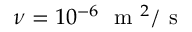
\nu = 1 0 ^ { - 6 } ~ \mathrm { ~ m ~ } ^ { 2 } / \mathrm { ~ s ~ }